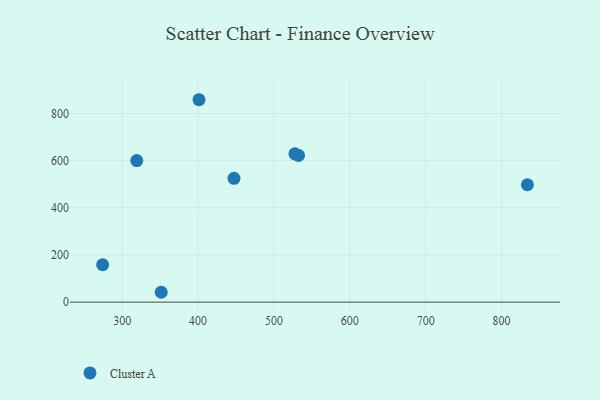
{"axis": {"x": "Study Hours", "y": "Demand"}, "legend": ["Cluster A"], "data": [{"x": "351.5", "y": 41.8, "type": "Cluster A"}, {"x": "527.7", "y": 629.1, "type": "Cluster A"}, {"x": "834.0", "y": 497.8, "type": "Cluster A"}, {"x": "401.3", "y": 858.3, "type": "Cluster A"}, {"x": "319.3", "y": 600.3, "type": "Cluster A"}, {"x": "447.4", "y": 525.1, "type": "Cluster A"}, {"x": "274.3", "y": 158.5, "type": "Cluster A"}, {"x": "532.4", "y": 622.2, "type": "Cluster A"}]}